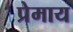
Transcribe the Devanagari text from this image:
प्रेमाय